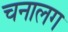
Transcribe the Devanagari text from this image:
चनालग